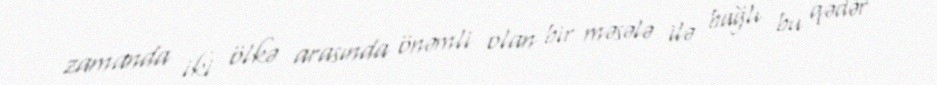
zamanda iki ölkə arasında önəmli olan bir məsələ ilə bağlı bu qədər